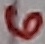
Text: 6